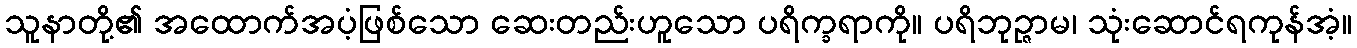
သူနာတို့၏ အထောက်အပံ့ဖြစ်သော ဆေးတည်းဟူသော ပရိက္ခရာကို။ ပရိဘုဉ္ဇာမ၊ သုံးဆောင်ရကုန်အံ့။